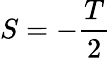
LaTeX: S=-\frac T2